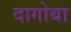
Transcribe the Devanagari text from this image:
दागोबा